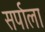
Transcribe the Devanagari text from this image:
सर्पाला